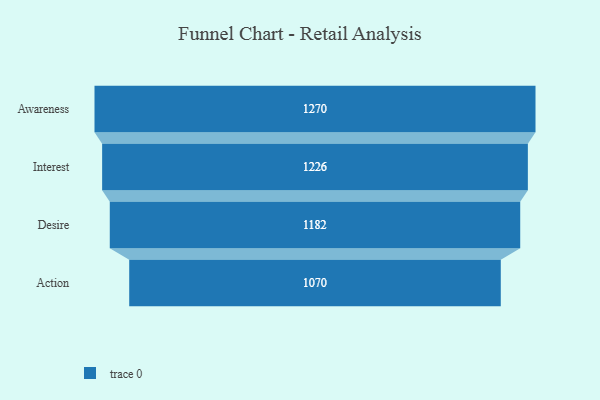
{"axis": {"x": "Stage", "y": "Value"}, "legend": [""], "data": [{"x": "Awareness", "y": 1270.0, "type": ""}, {"x": "Interest", "y": 1226.0, "type": ""}, {"x": "Desire", "y": 1182.0, "type": ""}, {"x": "Action", "y": 1070.0, "type": ""}]}